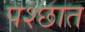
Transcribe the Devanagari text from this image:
पश्छात